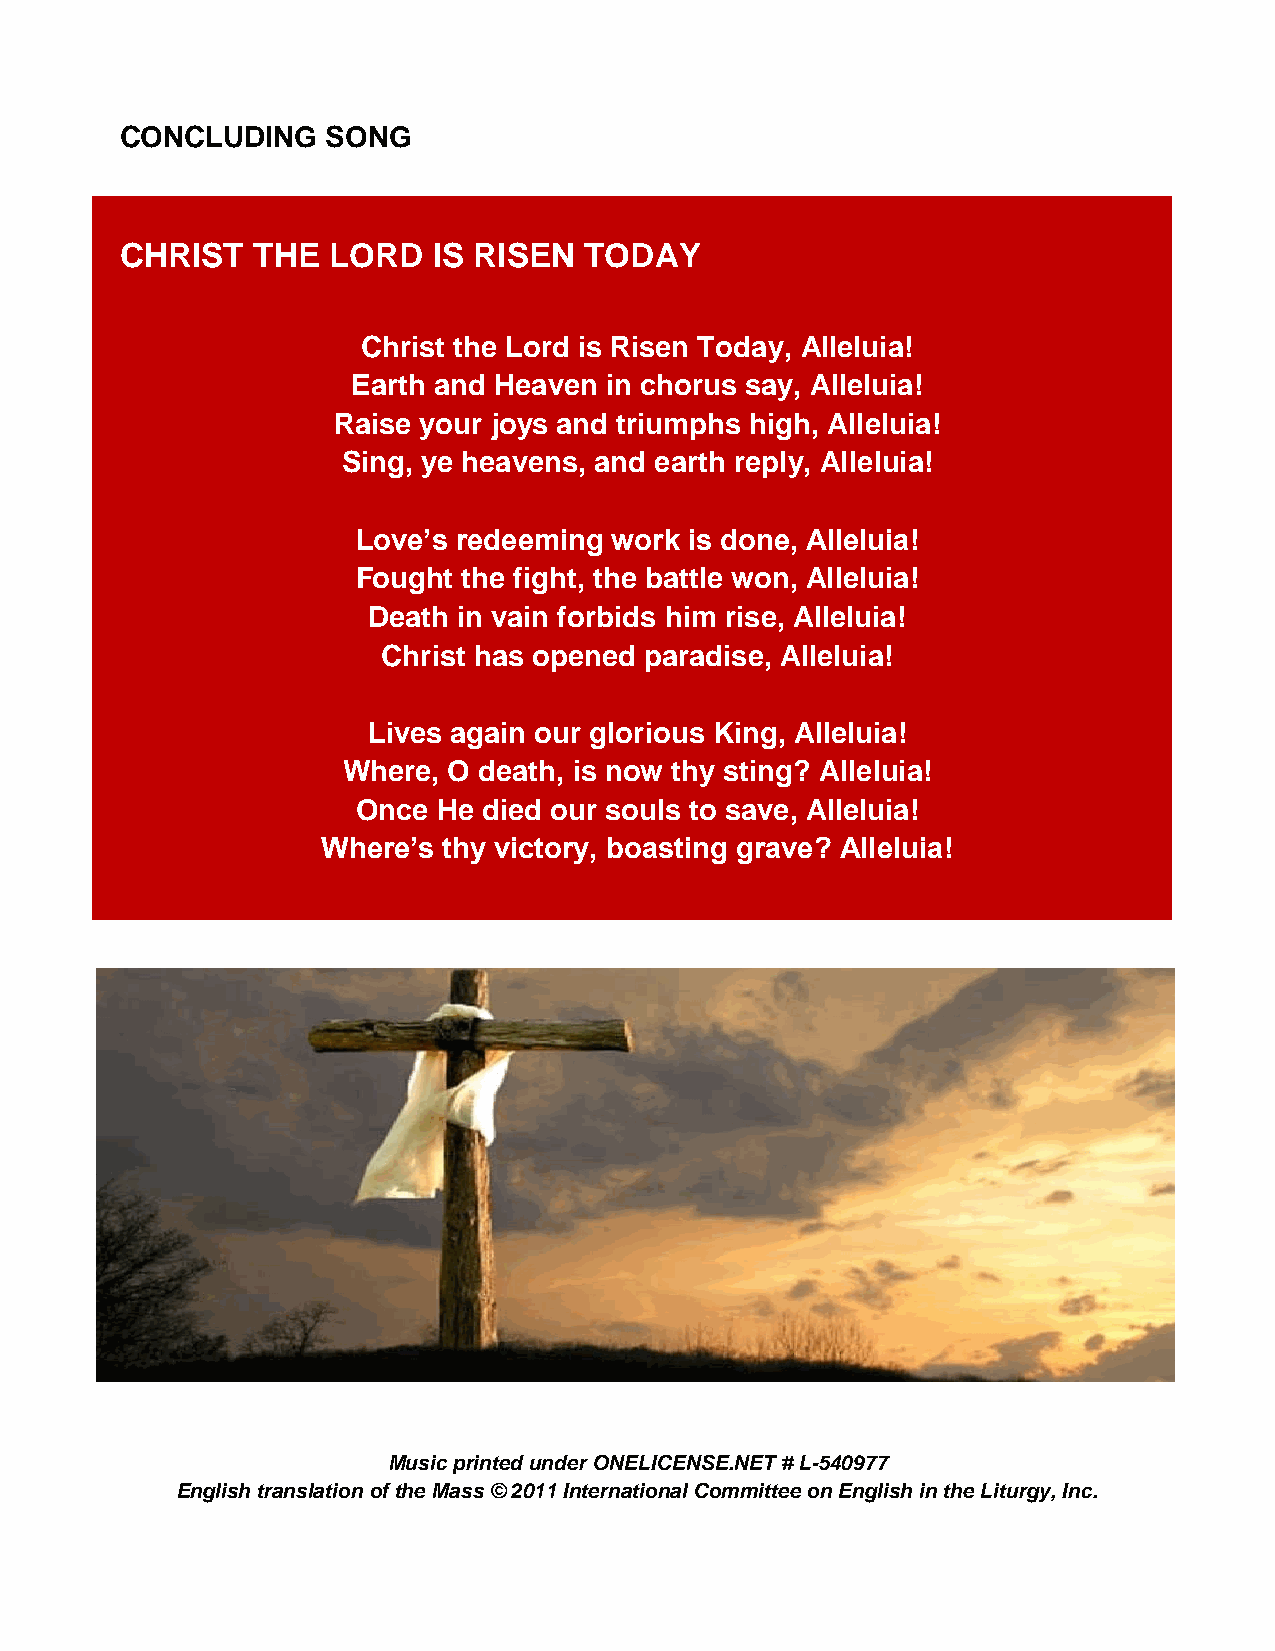
CONCLUDING    SONG
 CHRIST   THE  LORD   IS RISEN  TODAY
 Christ the Lord is Risen Today, Alleluia!
 Earth and Heaven in chorus say, Alleluia!
 Raise your joys and triumphs high, Alleluia!
 Sing, ye heavens, and earth reply, Alleluia!
 Love’s redeeming work is done, Alleluia!
 Fought the fight, the battle won, Alleluia!
 Death in vain forbids him rise, Alleluia!
 Christ has opened paradise, Alleluia!
 Lives again our glorious King, Alleluia!
 Where, O death, is now thy sting? Alleluia!
 Once He died our souls to save, Alleluia!
 Where’s thy victory, boasting grave? Alleluia!
 Music printed under ONELICENSE.NET # L-540977
 English translation of the Mass © 2011 International Committee on English in the Liturgy, Inc.